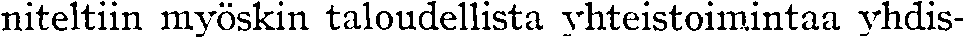
niteltiin myöskin taloudellista yhteistoimintaa yhdis-